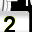
Digit: 2